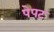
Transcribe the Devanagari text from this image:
पेपट